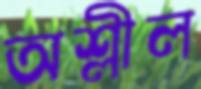
অশ্লীল